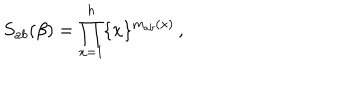
S _ { a b } ( \beta ) = \prod _ { x = 1 } ^ { h } \{ x \} ^ { m _ { a b } ( x ) } \, ,